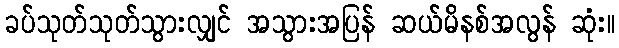
ခပ်သုတ်သုတ်သွားလျှင် အသွားအပြန် ဆယ်မိနစ်အလွန် ဆုံး။